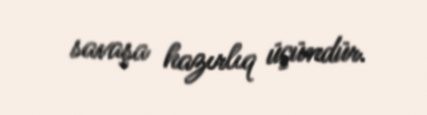
savaşa hazırlıq üçündür.